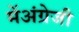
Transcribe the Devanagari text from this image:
मेंअंग्रेजी